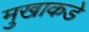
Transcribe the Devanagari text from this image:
मुखाकडे